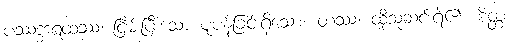
ပဿဒ္ဓဒရထဿ၊ ငြိမ်းပြီးသော ပူပန်ခြင်းရှိသော။ တဿ၊ ထိုသူဆင်းရဲ၏။ စိတ္တံ၊